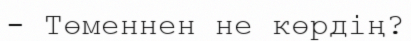
- Төменнен не көрдің?